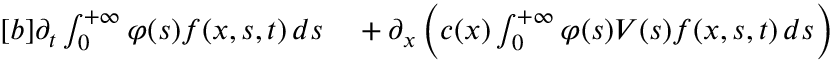
\begin{array} { r } { \begin{array} { r l } { [ b ] \partial _ { t } \int _ { 0 } ^ { + \infty } \varphi ( s ) f ( x , s , t ) \, d s } & { { } + \partial _ { x } \left( c ( x ) \int _ { 0 } ^ { + \infty } \varphi ( s ) V ( s ) f ( x , s , t ) \, d s \right) } \end{array} } \end{array}